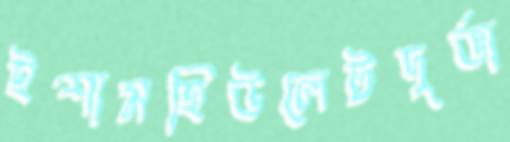
ইশামহিউলেটদুর্ভা